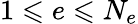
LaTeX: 1\leqslant e\leqslant N_{e}